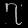
Digit: ၇